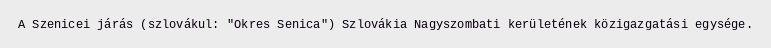
A Szenicei járás (szlovákul: "Okres Senica") Szlovákia Nagyszombati kerületének közigazgatási egysége.